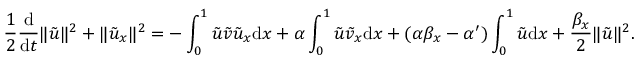
\frac 1 2 \frac { \mathrm { d } } { \mathrm { d } t } \| \tilde { u } \| ^ { 2 } + \| \tilde { u } _ { x } \| ^ { 2 } = - \int _ { 0 } ^ { 1 } \tilde { u } \tilde { v } \tilde { u } _ { x } \mathrm { d } x + \alpha \int _ { 0 } ^ { 1 } \tilde { u } \tilde { v } _ { x } \mathrm { d } x + ( \alpha \beta _ { x } - \alpha ^ { \prime } ) \int _ { 0 } ^ { 1 } \tilde { u } \mathrm { d } x + \frac { \beta _ { x } } { 2 } \| \tilde { u } \| ^ { 2 } .